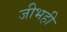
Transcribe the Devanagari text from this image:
जीभही